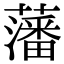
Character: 藩